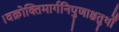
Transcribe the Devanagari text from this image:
।वक्रोक्तिमार्गनिपुणाश्चतुर्थों